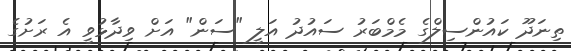
ތިނަދޫ ކައުންސިލްގެ މެމްބަރު ސައުދު އަލީ "ސަން" އަށް ވިދާޅުވީ އެ ރަށުގެ